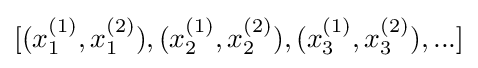
[(x_{1}^{(1)},x_{1}^{(2)}),(x_{2}^{(1)},x_{2}^{(2)}),(x_{3}^{(1)},x_{3}^{(2)}),...]